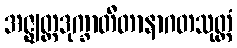
အဇ္ဈတ္တဒုက္ခာတီတာနာဂတသုတ္တံ